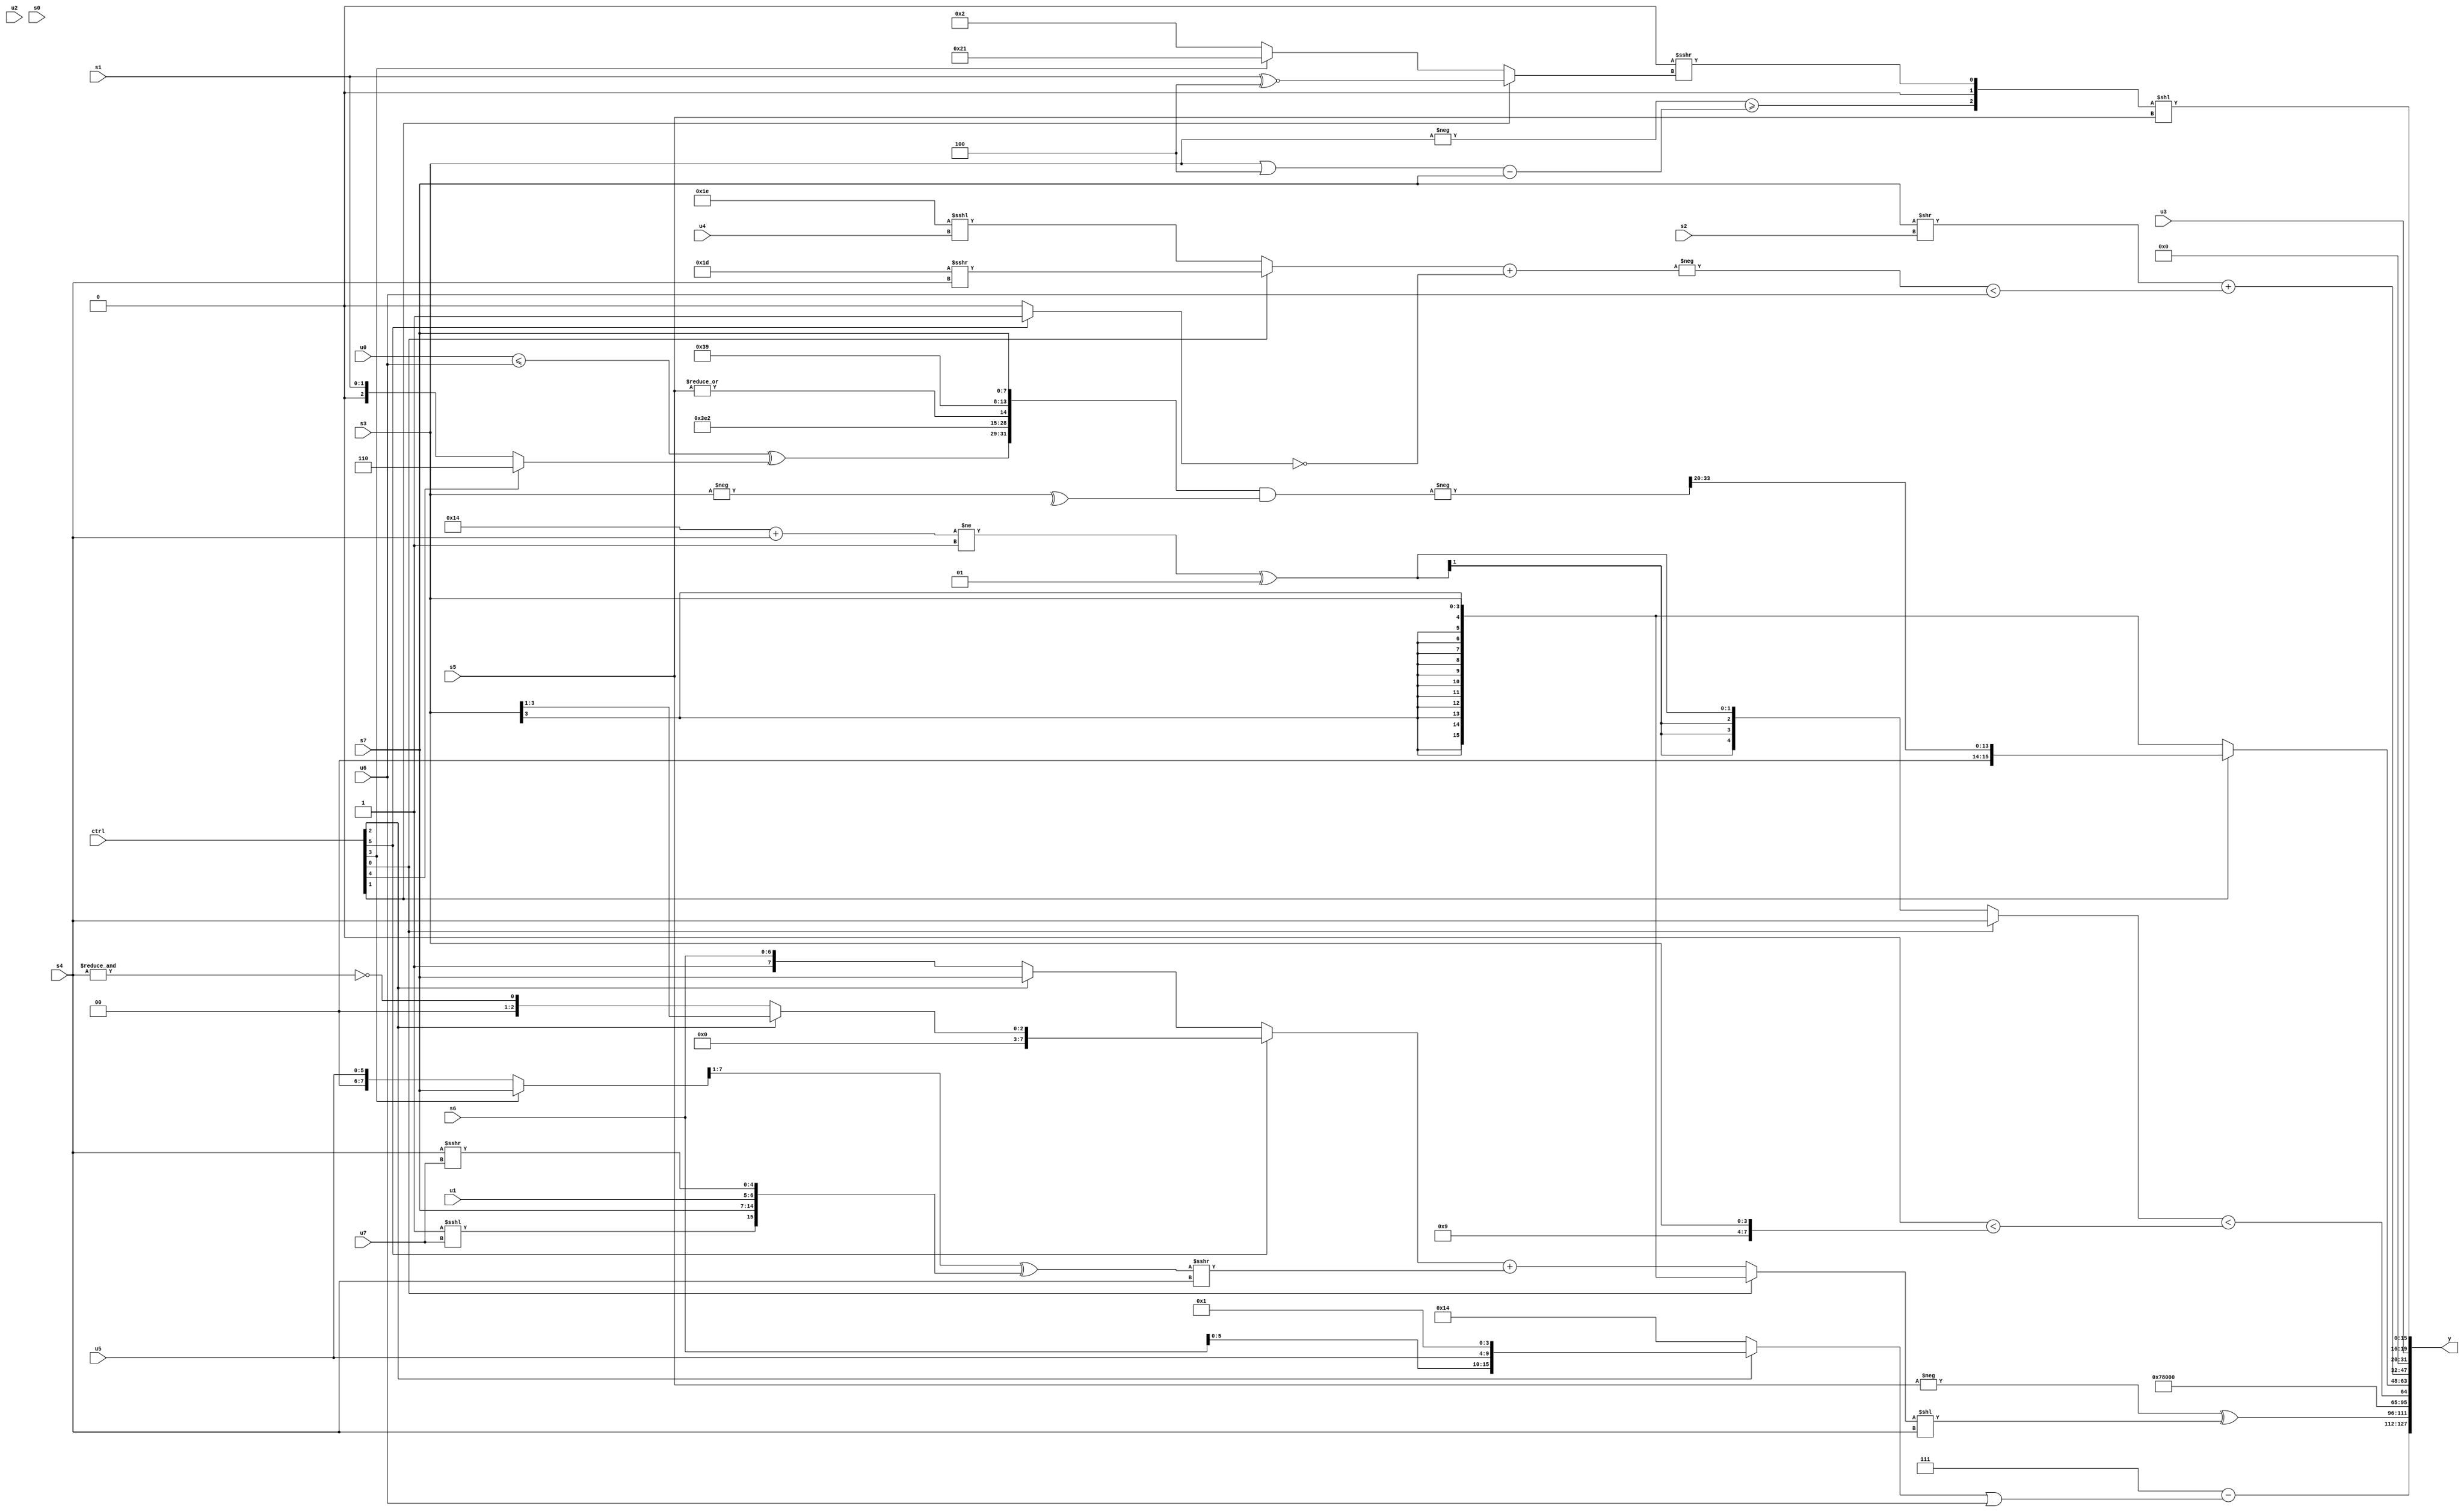
module wideexpr_00303(ctrl, u0, u1, u2, u3, u4, u5, u6, u7, s0, s1, s2, s3, s4, s5, s6, s7, y);
  input [7:0] ctrl;
  input [0:0] u0;
  input [1:0] u1;
  input [2:0] u2;
  input [3:0] u3;
  input [4:0] u4;
  input [5:0] u5;
  input [6:0] u6;
  input [7:0] u7;
  input signed [0:0] s0;
  input signed [1:0] s1;
  input signed [2:0] s2;
  input signed [3:0] s3;
  input signed [4:0] s4;
  input signed [5:0] s5;
  input signed [6:0] s6;
  input signed [7:0] s7;
  output [127:0] y;
  wire [15:0] y0;
  wire [15:0] y1;
  wire [15:0] y2;
  wire [15:0] y3;
  wire [15:0] y4;
  wire [15:0] y5;
  wire [15:0] y6;
  wire [15:0] y7;
  assign y = {y0,y1,y2,y3,y4,y5,y6,y7};
  assign y0 = ({3{1'sb1}})-($signed(((ctrl[2]?{s6,u5,3'sb000,1'sb1}:{5'b10100}))|(u6)));
  assign y1 = (-(s5))^(((ctrl[0]?+(s3):$signed(((ctrl[5]?(ctrl[2]?({s3})>>((4'sb1011)!=(4'sb1110)):~&({s4})):(ctrl[2]?s7:{$signed(1'sb1),s6})))+(((((ctrl[3]?s7:u5))>>($signed(1'sb1)))^({(1'sb1)<<<(u7),{s7,u1},(s4)>>>(u7)}))>>>(s4)))))<<(s4));
  assign y2 = {4{1'sb1}};
  assign y3 = ((ctrl[0]?s4:($signed(((6'sb010100)+(s4))!=(-(2'sb01))))^(4'sb0001)))<($signed((({(5'sb00000)>>(s7),u2,{3{u1}},+(3'sb100)})>>(6'sb111001))<({-((6'sb110111)<<<(1'sb0)),$unsigned($signed(s3))})));
  assign y4 = (ctrl[1]?$signed((-(({$signed(((u0)<=(u6))^((ctrl[4]?5'b00110:s1))),{((5'sb01000)>=(4'b1111))<<((2'sb10)|(6'sb100010)),1'sb0,-(5'sb11001)},{$unsigned(+(5'sb11000)),2'sb10,|(s5),6'sb111001},s7})&(^(+(-((s3)<<<(1'sb0)))))))>>>(5'sb10100)):s3);
  assign y5 = ((s7)>>($signed(s2)))+(({1{-(($signed((ctrl[0]?(6'sb011101)>>>(s4):(6'sb011110)<<<(u4))))+(~^((ctrl[5]?1'sb1:1'sb0))))}})<($signed(u6)));
  assign y6 = u3;
  assign y7 = ({$unsigned((-(s3))>=(((s3)|(3'sb100))-($signed(s7)))),-(({{s3},(s7)<<(s1),{6'sb111001,s3,3'sb011,5'sb01000},(u2)>(4'sb1100)})==(3'b100)),((1'sb1)<<<({4{$unsigned(6'sb111101)}}))>>>((ctrl[1]?+((s1)^~(5'sb11100)):$signed((ctrl[3]?6'b100001:4'b0010))))})<<(s5);
endmodule